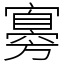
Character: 㝰